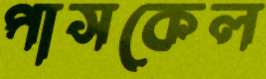
পাসকেল